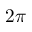
2 \pi